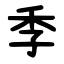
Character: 季